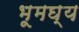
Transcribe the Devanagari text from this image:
भूमघ्य